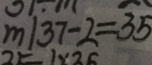
m / 3 7 - 2 = 3 5